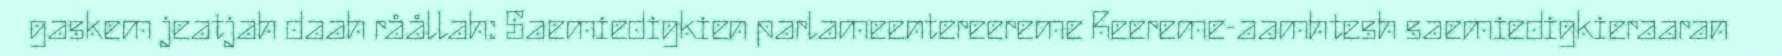
gaskem jeatjah daah råållah: Saemiedigkien parlameentereereme Reereme-aamhtesh saemiedigkieraaran